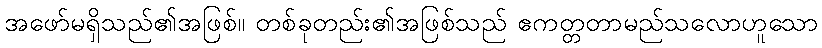
အဖော်မရှိသည်၏အဖြစ်။ တစ်ခုတည်း၏အဖြစ်သည် ဧကတ္တတာမည်သလောဟူသော